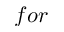
f o r